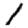
Digit: 1